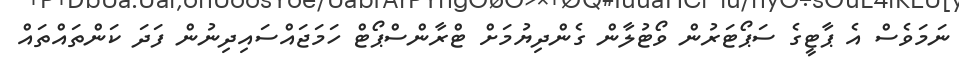
ނަމަވެސް އެ ޕާޓީގެ ސަޕޯޓަރުން ވޯޓުލާން ގެންދިޔުމަށް ޓްރާންސްޕޯޓް ހަމަޖައްސައިދިނުން ފަދަ ކަންތައްތައް